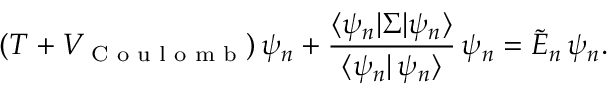
( T + V _ { \textrm { C o u l o m b } } ) \, \psi _ { n } + \frac { \langle \psi _ { n } | \Sigma | \psi _ { n } \rangle } { \langle \psi _ { n } | \, \psi _ { n } \rangle } \, \psi _ { n } = \widetilde { E } _ { n } \, \psi _ { n } .